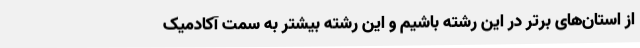
از استان‌های برتر در این رشته باشیم و این رشته بیشتر به سمت آکادمیک